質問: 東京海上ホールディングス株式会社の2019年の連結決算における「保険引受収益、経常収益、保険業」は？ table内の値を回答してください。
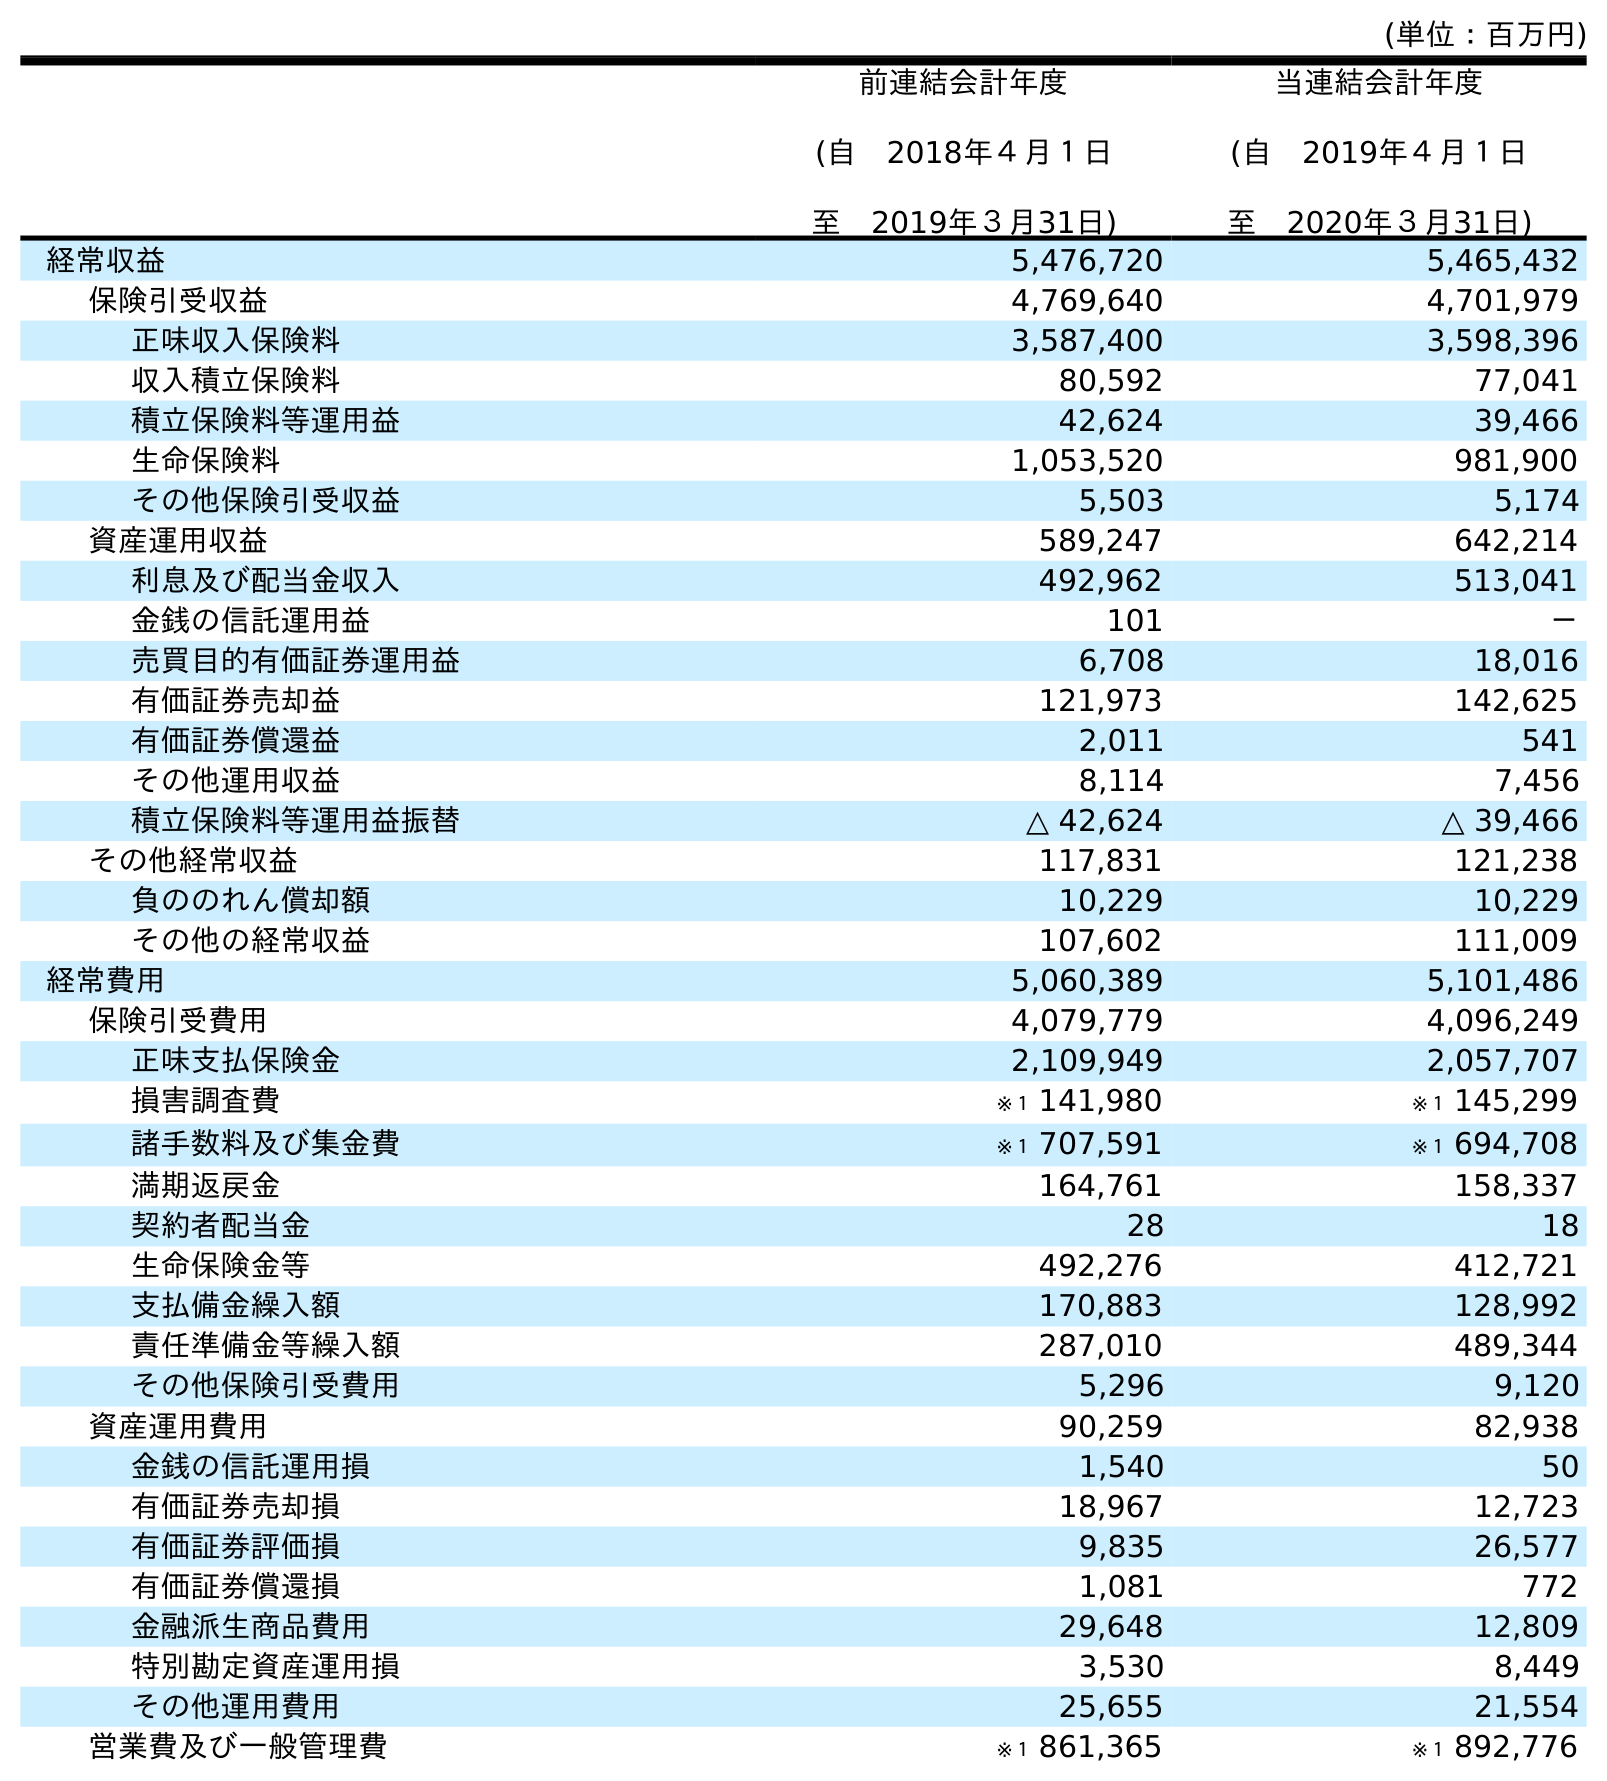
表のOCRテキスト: (単位：百万円) 前連結会計年度 (自 2018年４月１日 至 2019年３月31日) 当連結会計年度 (自 2019年４月１日 至 2020年３月31日) 経常収益 5,476,720 5,465,432 保険引受収益 4,769,640 4,701,979 正味収入保険料 3,587,400 3,598,396 収入積立保険料 80,592 77,041 積立保険料等運用益 42,624 39,466 生命保険料 1,053,520 981,900 その他保険引受収益 5,503 5,174 資産運用収益 589,247 642,214 利息及び配当金収入 492,962 513,041 金銭の信託運用益 101 － 売買目的有価証券運用益 6,708 18,016 有価証券売却益 121,973 142,625 有価証券償還益 2,011 541 その他運用収益 8,114 7,456 積立保険料等運用益振替 △ 42,624 △ 39,466 その他経常収益 117,831 121,238 負ののれん償却額 10,229 10,229 その他の経常収益 107,602 111,009 経常費用 5,060,389 5,101,486 保険引受費用 4,079,779 4,096,249 正味支払保険金 2,109,949 2,057,707 損害調査費 ※１ 141,980 ※１ 145,299 諸手数料及び集金費 ※１ 707,591 ※１ 694,708 満期返戻金 164,761 158,337 契約者配当金 28 18 生命保険金等 492,276 412,721 支払備金繰入額 170,883 128,992 責任準備金等繰入額 287,010 489,344 その他保険引受費用 5,296 9,120 資産運用費用 90,259 82,938 金銭の信託運用損 1,540 50 有価証券売却損 18,967 12,723 有価証券評価損 9,835 26,577 有価証券償還損 1,081 772 金融派生商品費用 29,648 12,809 特別勘定資産運用損 3,530 8,449 その他運用費用 25,655 21,554 営業費及び一般管理費 ※１ 861,365 ※１ 892,776
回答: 4,769,640